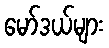
မော်ဒယ်များ